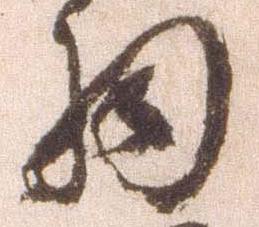
細